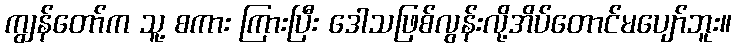
ကျွန်တော်က သူ့ စကား ကြားပြီး ဒေါသဖြစ်လွန်းလို့အိပ်တောင်မပျော်ဘူး။